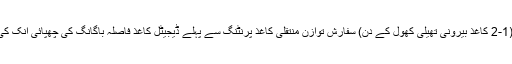
بغیر ایئر کنڈیشننگ موجود ہے تو ہم اس کا پانی (1-2 کاغذ بیرونی تھیلی کھول کے دن) سفارش توازن منتقلی کاغذ پرنٹنگ سے پہلے ڈیجیٹل کاغذ فاصلہ باگانگ کی چھپائی انک کی ضرورت سے زیادہ جذب سے بچنے کے لئے ۔